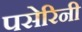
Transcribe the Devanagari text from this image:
पसेरिनी